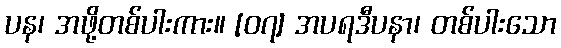
ပန၊ အဖို့တစ်ပါးကား။ [၀၇] အပရဒီပနာ၊ တစ်ပါးသော